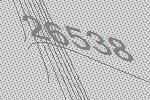
26538